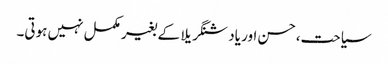
سیاحت،حسن اور یاد شنگریلا کے بغیر مکمل نہیں ہوتی۔